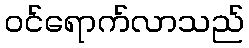
ဝင်ရောက်လာသည်